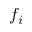
f _ { i }